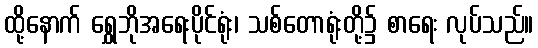
ထို့နောက် ရွှေဘိုအရေးပိုင်ရုံး၊ သစ်တောရုံးတို့၌ စာရေး လုပ်သည်။